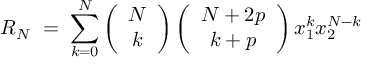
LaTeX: R _ { N } \; = \; \sum _ { k = 0 } ^ { N } \left( \begin{array} { c } { { N } } \\ { { k } } \end{array} \right) \left( \begin{array} { c } { { N + 2 p } } \\ { { k + p } } \end{array} \right) x _ { 1 } ^ { k } x _ { 2 } ^ { N - k }